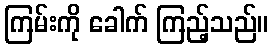
ကြမ်းကို ခေါက် ကြည့်သည်။